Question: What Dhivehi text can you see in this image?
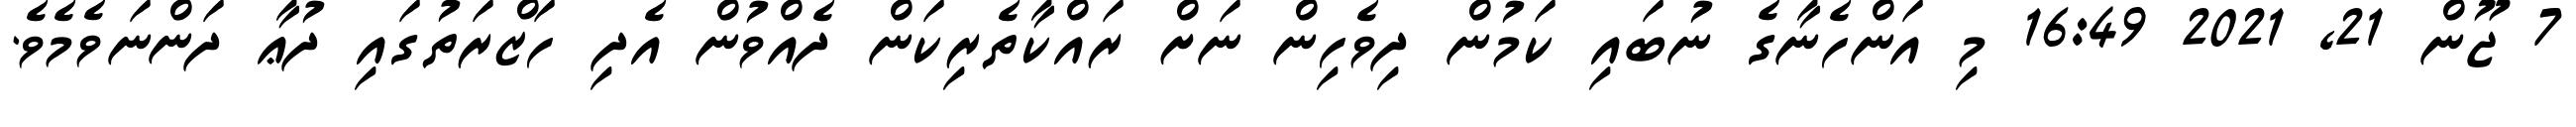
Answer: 7 ޖޫން 21, 2021 16:49 މި އަންހެނާގެ ނުބައި ކަމުން ދިވެހިން ނަށް ރައްކާތެރިކަން ދެއްވުން އެދި ހަޒްރަތުގައި ދުޢާ ދަންނަވެމެވެ.